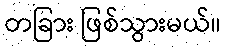
တခြား ဖြစ်သွားမယ်။